Indian journal of veterinary science and animal husbandry - Volume 6,
Year: 1936
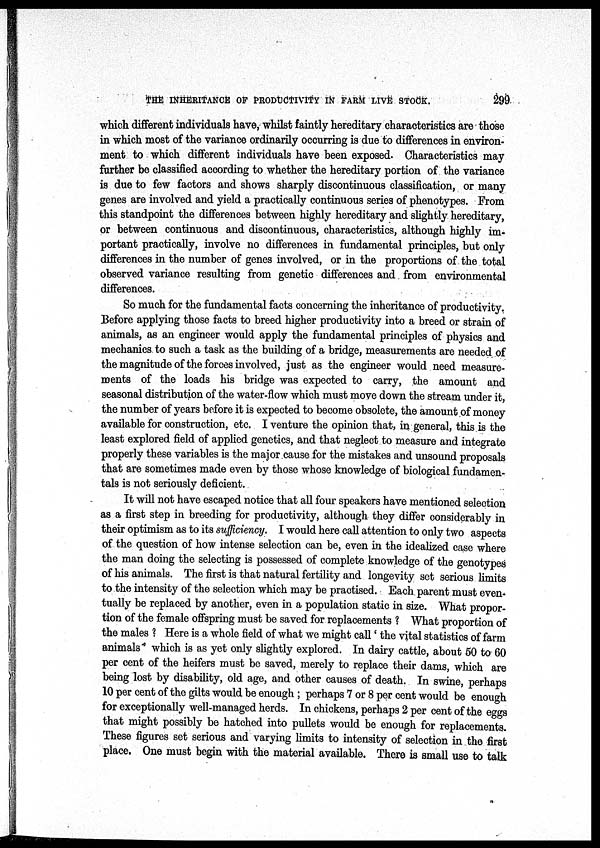
THE INHERITANCE OF PRODUCTIVITY IN FARM LIVE STOCK.
299
which different individuals have, whilst faintly hereditary characteristics are those
in which most of the variance ordinarily occurring is due to differences in environ-
ment to which different individuals have been exposed. Characteristics may
further be classified according to whether the hereditary portion of the variance
is due to few factors and shows sharply discontinuous classification, or many
genes are involved and yield a practically continuous series of phenotypes. From
this standpoint the differences between highly hereditary and slightly hereditary,
or between continuous and discontinuous, characteristics, although highly im-
portant practically, involve no differences in fundamental principles, but only
differences in the number of genes involved, or in the proportions of the total
observed variance resulting from genetic differences and from environmental
differences.
So much for the fundamental facts concerning the inheritance of productivity.
Before applying those facts to breed higher productivity into a breed or strain of
animals, as an engineer would apply the fundamental principles of physics and
mechanics to such a task as the building of a bridge, measurements are needed of
the magnitude of the forces involved, just as the engineer would need measure-
ments of the loads his bridge was expected to carry, the amount and
seasonal distribution of the water-flow which must move down the stream under it,
the number of years before it is expected to become obsolete, the amount of money
available for construction, etc. I venture the opinion that, in general, this is the
least explored field of applied genetics, and that neglect to measure and integrate
properly these variables is the major cause for the mistakes and unsound proposals
that are sometimes made even by those whose knowledge of biological fundamen-
tals is not seriously deficient.
It will not have escaped notice that all four speakers have mentioned selection
as a first step in breeding for productivity, although they differ considerably in
their optimism as to its sufficiency. I would here call attention to only two aspects
of the question of how intense selection can be, even in the idealized case where
the man doing the selecting is possessed of complete knowledge of the genotypes
of his animals. The first is that natural fertility and longevity set serious limits
to the intensity of the selection which may be practised. Each parent must even-
tually be replaced by another, even in a population static in size. What propor-
tion of the female offspring must be saved for replacements ? What proportion of
the males ? Here is a whole field of what we might call' the vital statistics of farm
animals which is as yet only slightly explored. In dairy cattle, about 50 to 60
per cent of the heifers must be saved, merely to replace their dams, which are
being lost by disability, old age, and other causes of death. In swine, perhaps
10 per cent of the gilts would be enough ; perhaps 7 or 8 per cent would be enough
for exceptionally well-managed herds. In chickens, perhaps 2 per cent of the eggs
that might possibly be hatched into pullets would be enough for replacements.
These figures set serious and varying limits to intensity of selection in the first
place. One must begin with the material available. There is small use to talk